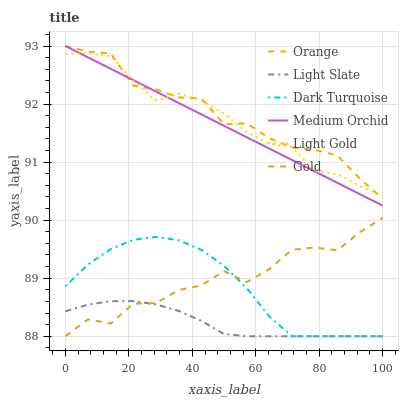
| xaxis_label | Orange | Light Slate | Dark Turquoise | Medium Orchid | Light Gold | Gold |
 | --- | --- | --- | --- | --- | --- | --- |
 | 0 | 93 | 88.4 | 88.9 | 93 | 92.9 | 88 |
 | 7.14 | 92.9 | 88.5 | 89.2 | 92.8 | 92.9 | 88.3 |
 | 14.3 | 92.9 | 88.6 | 89.5 | 92.6 | 92.8 | 88.2 |
 | 21.4 | 92.3 | 88.6 | 89.7 | 92.4 | 92.4 | 88.6 |
 | 28.6 | 92.3 | 88.5 | 89.7 | 92.2 | 92.1 | 88.6 |
 | 35.7 | 92.1 | 88.4 | 89.7 | 92 | 92.2 | 88.8 |
 | 42.9 | 92.1 | 88.3 | 89.5 | 91.8 | 92.1 | 88.9 |
 | 50 | 91.7 | 88 | 89.2 | 91.6 | 91.8 | 89.1 |
 | 57.1 | 91.7 | 88 | 88.8 | 91.4 | 91.5 | 88.9 |
 | 64.3 | 91.4 | 88 | 88.3 | 91.2 | 91.3 | 89.2 |
 | 71.4 | 91.3 | 88 | 88 | 91 | 91.3 | 89.5 |
 | 78.6 | 91.2 | 88 | 88 | 90.8 | 90.8 | 89.5 |
 | 85.7 | 91.1 | 88 | 88 | 90.6 | 90.8 | 89.5 |
 | 92.9 | 90.7 | 88 | 88 | 90.4 | 90.6 | 89.8 |
 | 100 | 90.4 | 88 | 88 | 90.3 | 90.4 | 90 |